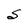
Character: S